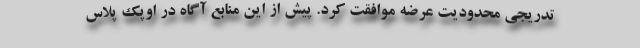
تدریجی محدودیت عرضه موافقت کرد. پیش از این منابع آگاه در اوپک پلاس